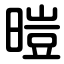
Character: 暟